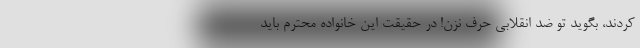
کردند، بگوید تو ضد انقلابی حرف نزن! در حقیقت این خانواده محترم باید